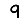
Digit: 9